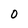
Character: O